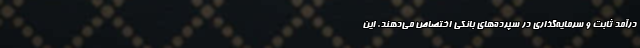
درآمد ثابت و سرمایه‌گذاری در سپرده‌های بانکی اختصاص می‌دهند. این